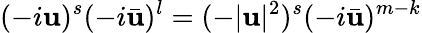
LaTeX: (-i\mathbf{u})^{s}(-i\bar{{\mathbf{u}}})^{l}=(-|\mathbf{u}|^{2})^{s}(-i\bar{{\mathbf{u}}})^{m-k}